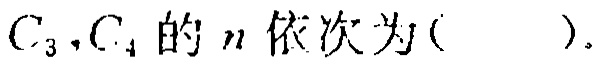
$C_{3},C_{4}$的$n$依次为( ).